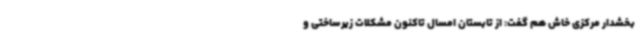
بخشدار مرکزی خاش هم گفت: از تابستان امسال تاکنون مشکلات زیرساختی و